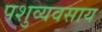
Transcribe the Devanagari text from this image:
पशुव्यवसाय